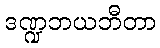
ဒဏ္ဍဘယဘီတာ